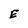
Character: E